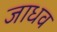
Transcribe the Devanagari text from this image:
जाधव